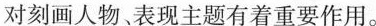
对刻画人物、表现主题有着重要作用。